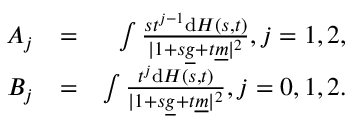
\begin{array} { r } { \begin{array} { r l r } { A _ { j } } & { = } & { \int \frac { s t ^ { j - 1 } \mathrm { d } H ( s , t ) } { \vert 1 + s \underline { { g } } + t \underline { { m } } \vert ^ { 2 } } , j = 1 , 2 , } \\ { B _ { j } } & { = } & { \int \frac { t ^ { j } \mathrm { d } H ( s , t ) } { \vert 1 + s \underline { { g } } + t \underline { { m } } \vert ^ { 2 } } , j = 0 , 1 , 2 . } \end{array} } \end{array}